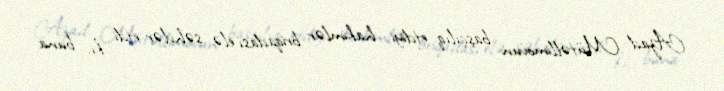
Azad Mütəllimovun başçılıq etdiyi hakimlər briqadası elə səhvlər etdi ki, buna